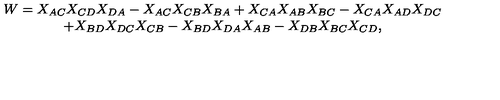
\begin{array} { c } { W = X _ { A C } X _ { C D } X _ { D A } - X _ { A C } X _ { C B } X _ { B A } + X _ { C A } X _ { A B } X _ { B C } - X _ { C A } X _ { A D } X _ { D C } } \\ { + X _ { B D } X _ { D C } X _ { C B } - X _ { B D } X _ { D A } X _ { A B } - X _ { D B } X _ { B C } X _ { C D } , } \\ \end{array}